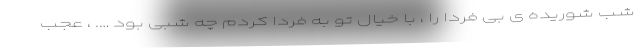
شب شوریده ی بی فردا را ، با خیال تو به فردا کردم چه شبی بود …. ، عجب